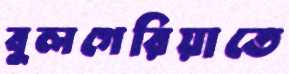
বুলগেরিয়াতে